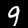
Digit: 9